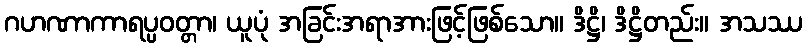
ဂဟဏာကာရပ္ပဝတ္တာ၊ ယူပုံ အခြင်းအရာအားဖြင့်ဖြစ်သော။ ဒိဋ္ဌိ၊ ဒိဋ္ဌိတည်း။ အသဿ